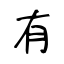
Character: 有